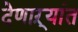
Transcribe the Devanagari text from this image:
देणाऱ्यांत